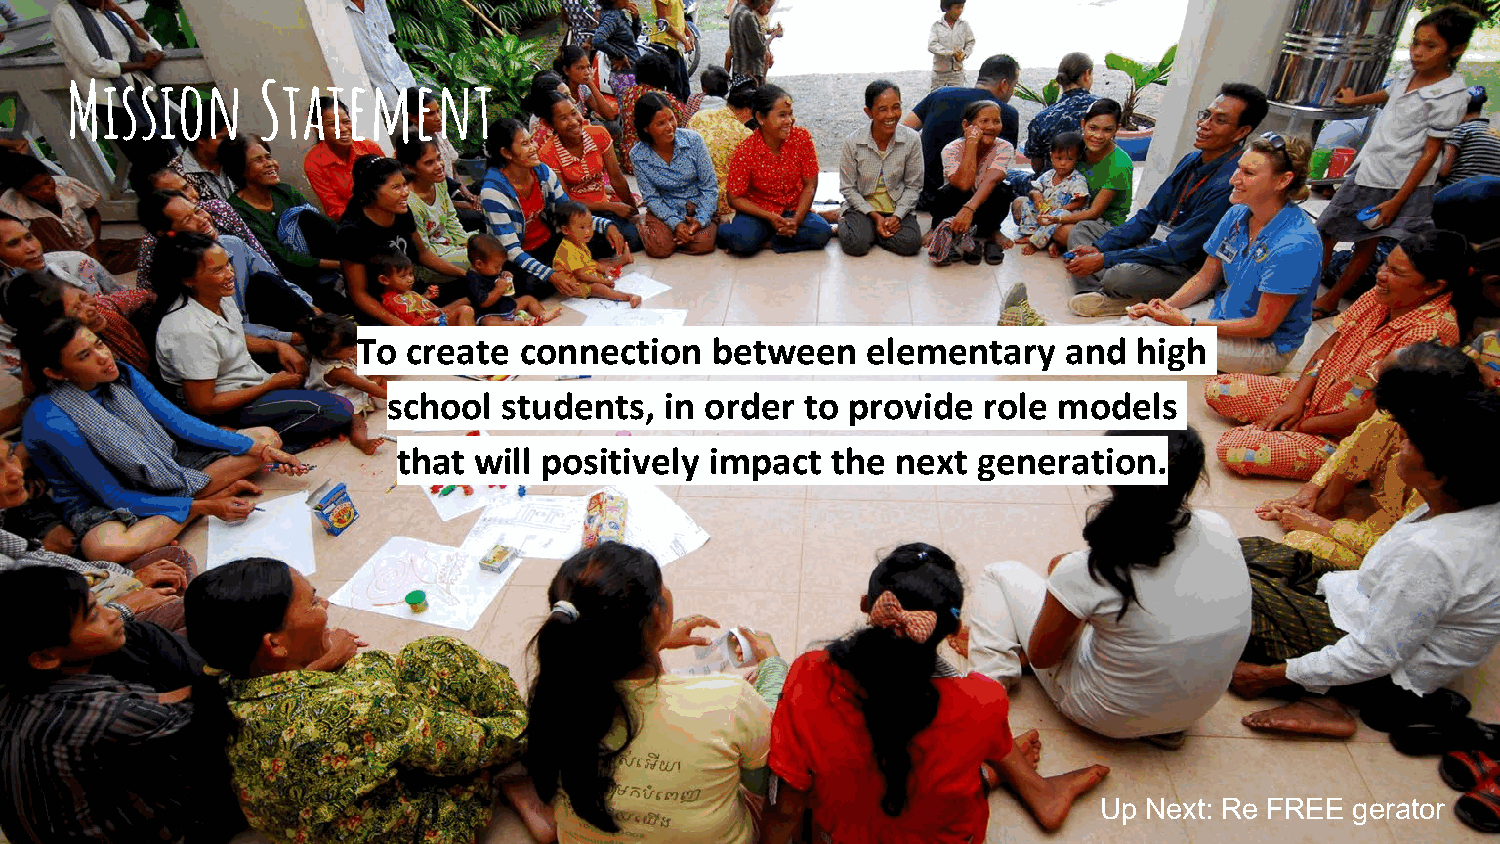
Mission      Statement
 To create connection   between   elementary    and high
 school students,  in order to provide  role models
 that will positively impact  the next  generation.
 Up Next: Re FREE gerator